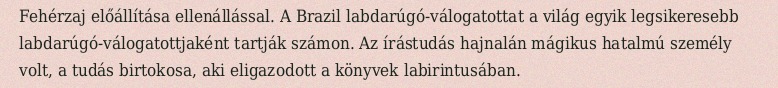
Fehérzaj előállítása ellenállással. A Brazil labdarúgó-válogatottat a világ egyik legsikeresebb labdarúgó-válogatottjaként tartják számon. Az írástudás hajnalán mágikus hatalmú személy volt, a tudás birtokosa, aki eligazodott a könyvek labirintusában.